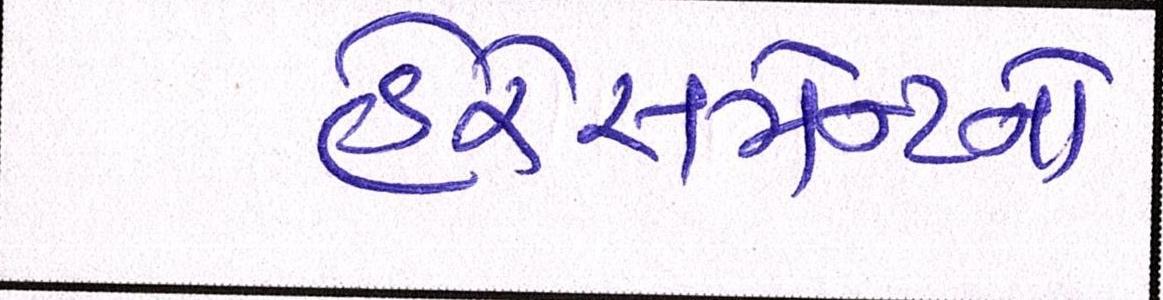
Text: હેરેસમેન્ટનો